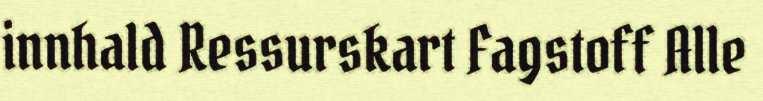
innhald Ressurskart Fagstoff Alle